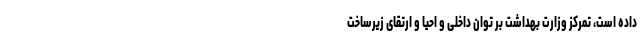
داده است، تمرکز وزارت بهداشت بر توان داخلی و احیا و ارتقای زیرساخت